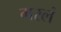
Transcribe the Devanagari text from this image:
गरलं